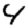
Digit: 4